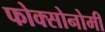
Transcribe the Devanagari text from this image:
फोक्सोनोमी